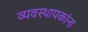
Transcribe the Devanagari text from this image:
व्यवस्थापकांना